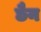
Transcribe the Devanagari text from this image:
छैन